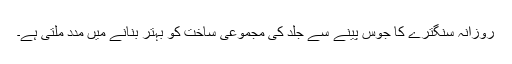
روزانہ سنگترے کا جوس پینے سے جلد کی مجموعی ساخت کو بہتر بنانے میں مدد ملتی ہے۔